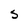
Character: S